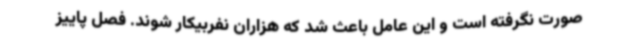
صورت نگرفته است و این عامل باعث شد که هزاران نفربیکار شوند. فصل پاییز